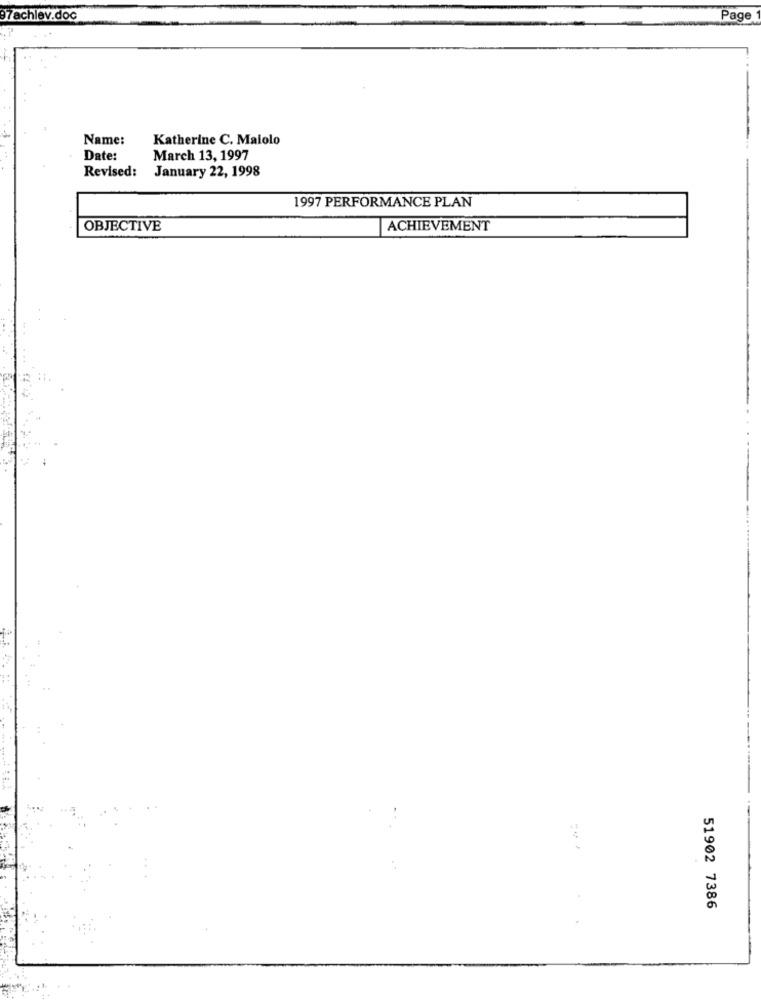
97achlev.doc
Page
Name:
Katherine C. Maiolo
Date:
March 13, 1997
Revised:
January 22, 1998
1997 PERFORMANCE PLAN
OBJECTIVE
ACHIEVEMENT
51902 7386